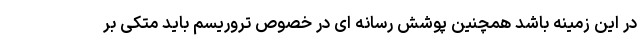
در این زمینه باشد همچنین پوشش رسانه ای در خصوص تروریسم باید متکی بر